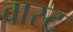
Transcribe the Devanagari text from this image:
वास्ट